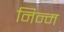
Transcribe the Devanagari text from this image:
निन्‍म